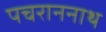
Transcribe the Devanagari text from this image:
पचराननाथ